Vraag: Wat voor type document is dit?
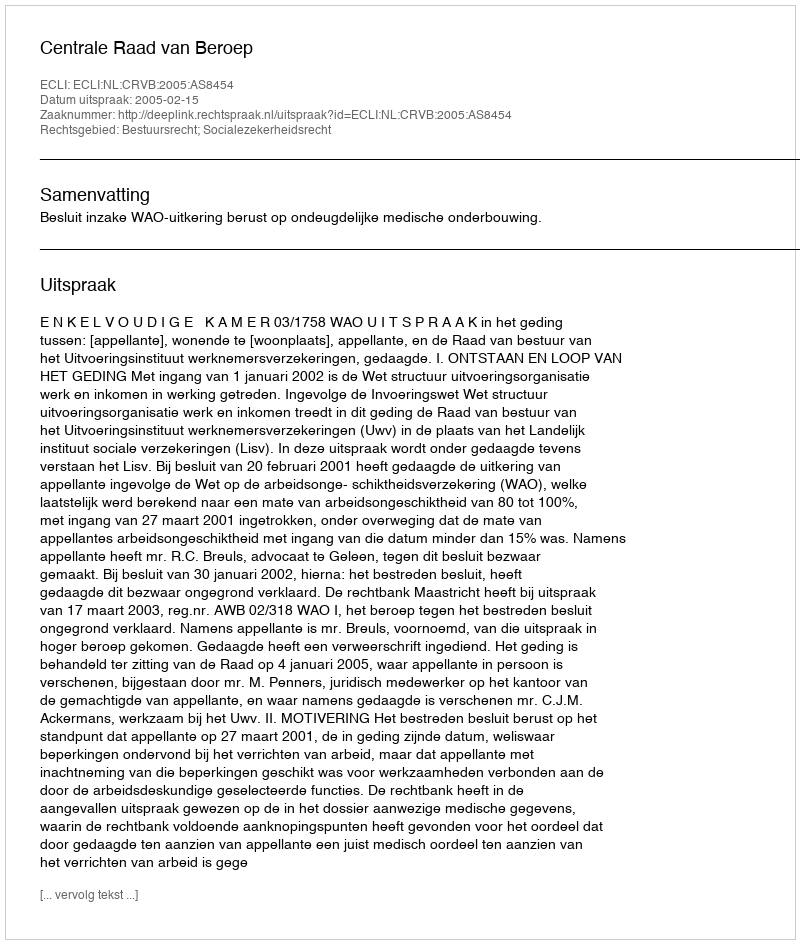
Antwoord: Uitspraak